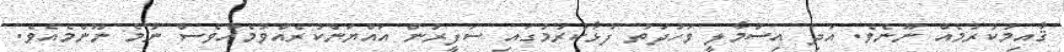
ޤާއިމުކުރުމެއް ނޫނެވެ. އަދި އިސްމާލީ ވަހުދަތު ފުޅާކުރުމުގައި ސަފީރުން އައްޔަންކުރެއްވުމެއްވެސް ނުމެ ނޫންމެއެވެ.